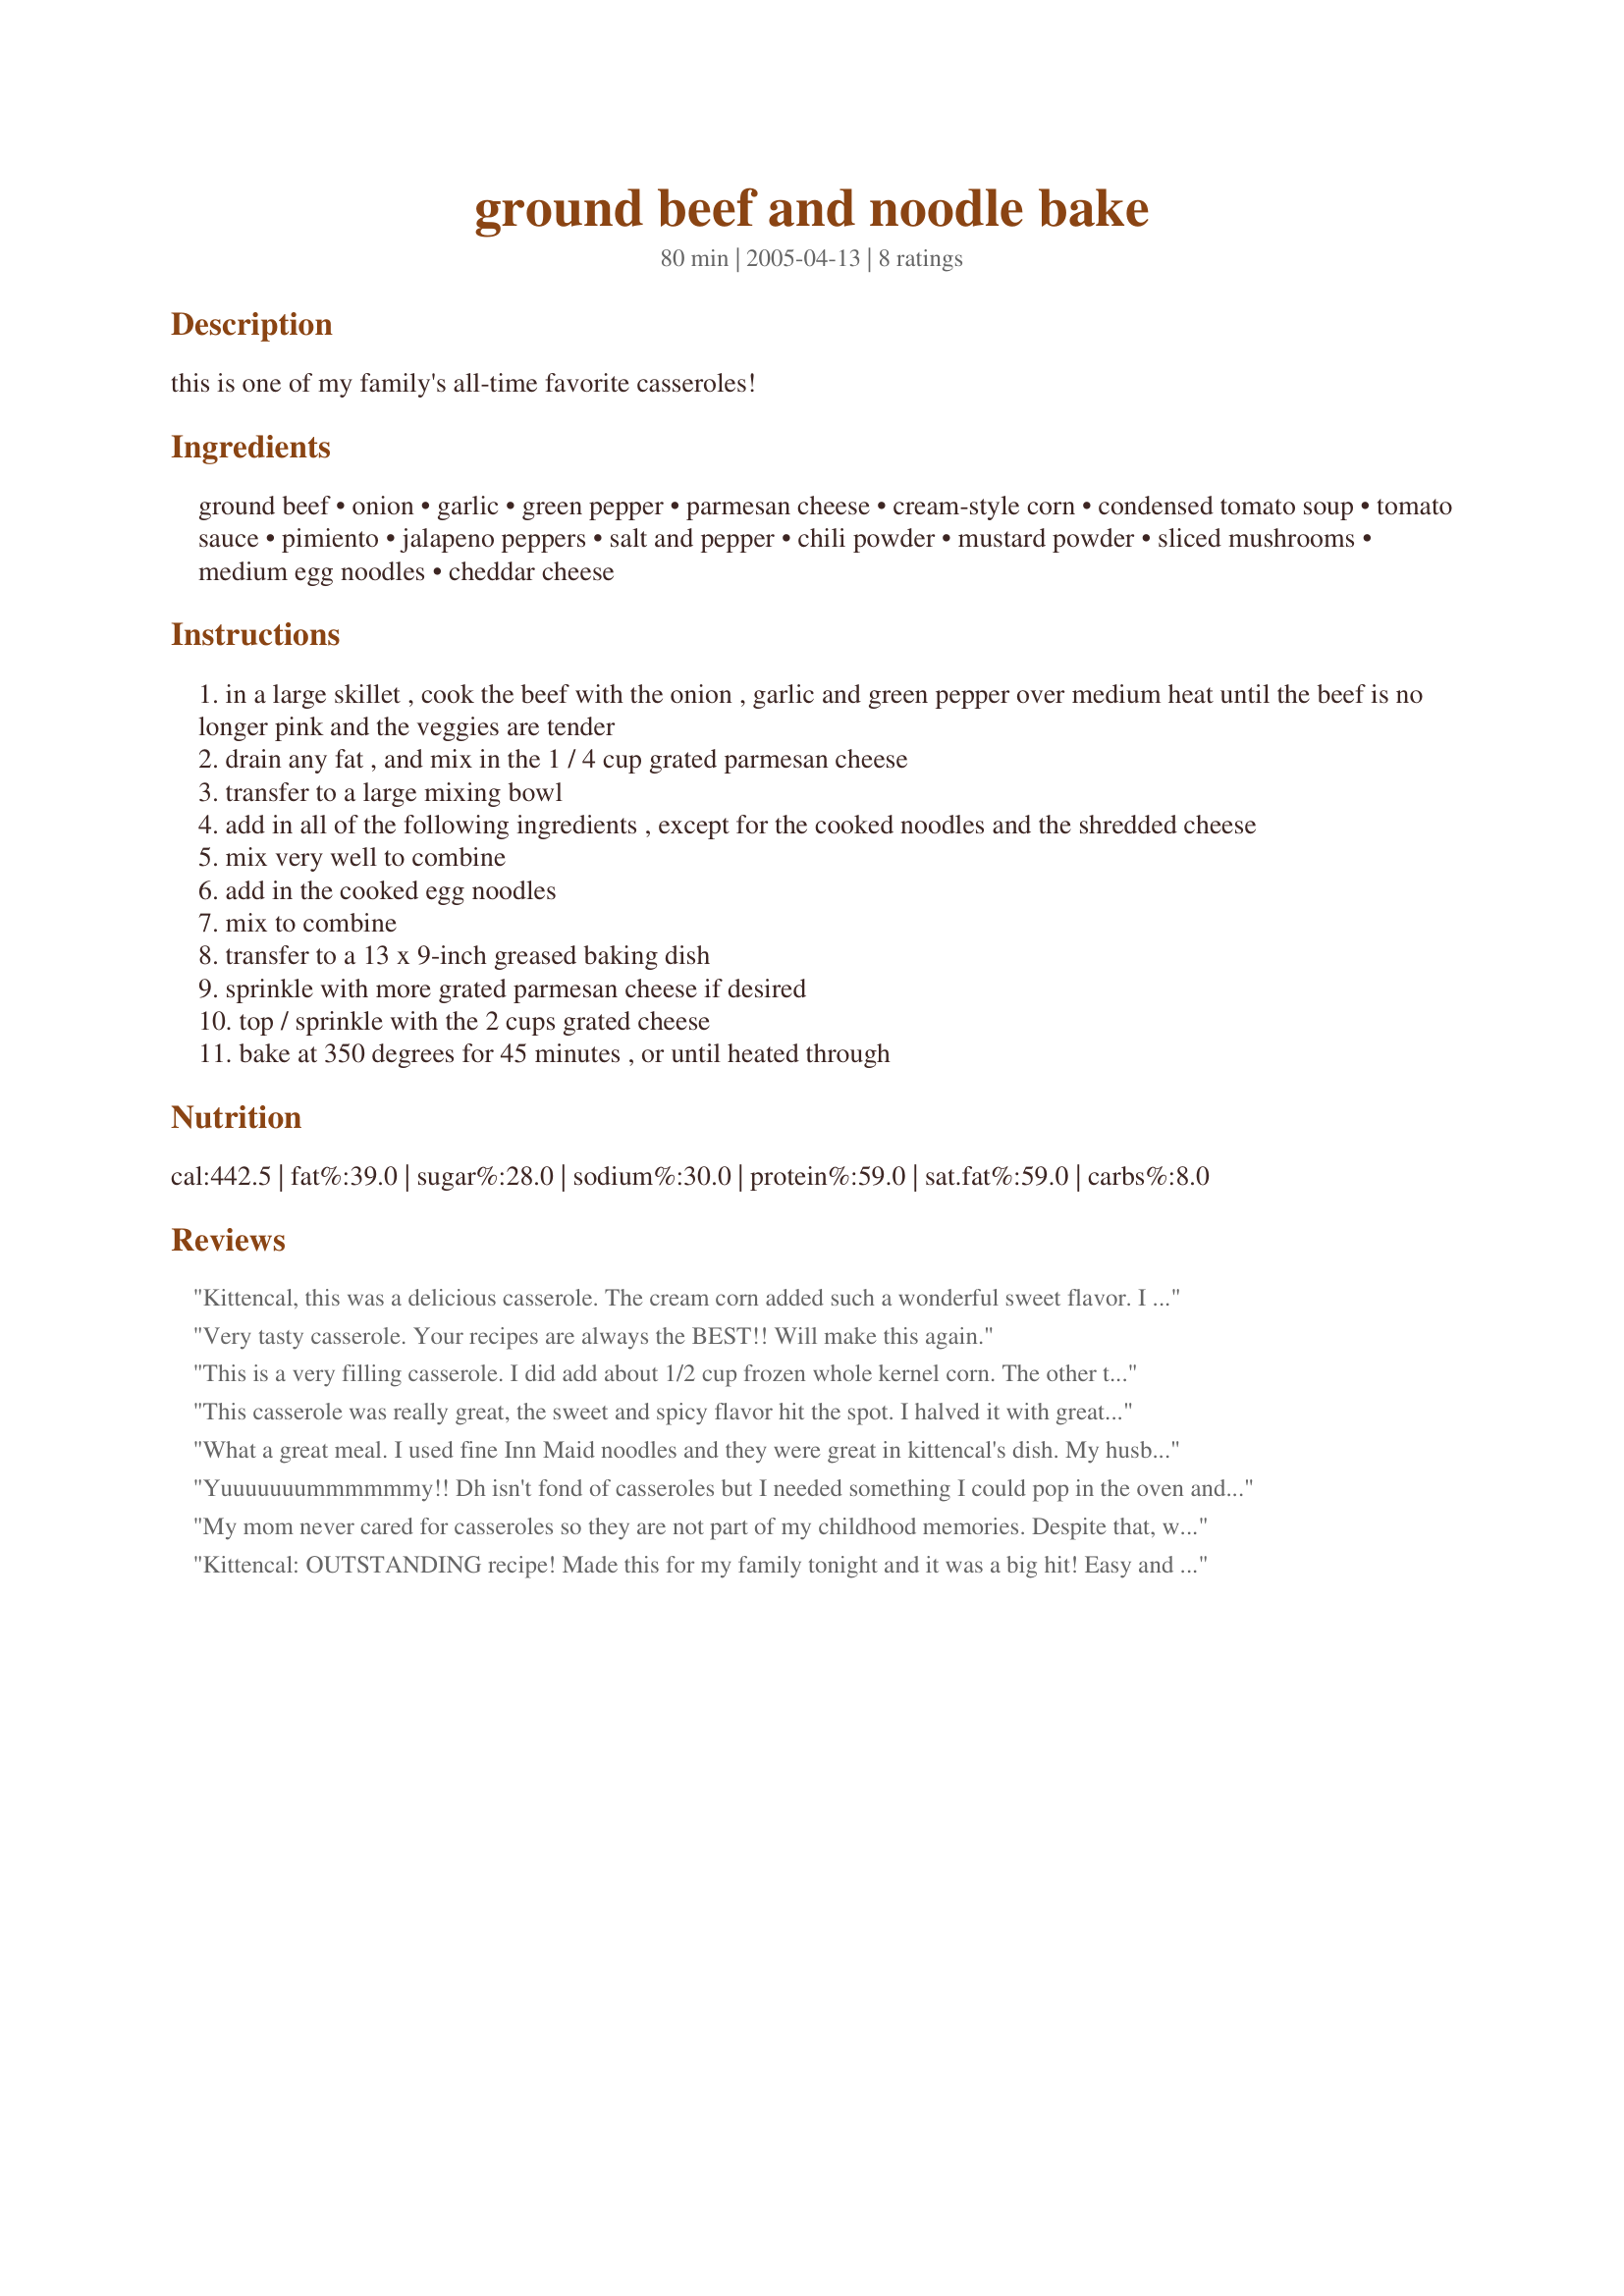
ground beef and noodle bake
Preparation time: 80 minutes

this is one of my family's all-time favorite casseroles!

Ingredients:
ground beef, onion, garlic, green pepper, parmesan cheese, cream-style corn, condensed tomato soup, tomato sauce, pimiento, jalapeno peppers, salt and pepper, chili powder, mustard powder, sliced mushrooms, medium egg noodles, cheddar cheese

Steps:
in a large skillet , cook the beef with the onion , garlic and green pepper over medium heat until the beef is no longer pink and the veggies are tender
drain any fat , and mix in the 1 / 4 cup grated parmesan cheese
transfer to a large mixing bowl
add in all of the following ingredients , except for the cooked noodles and the shredded cheese
mix very well to combine
add in the cooked egg noodles
mix to combine
transfer to a 13 x 9-inch greased baking dish
sprinkle with more grated parmesan cheese if desired
top / sprinkle with the 2 cups grated cheese
bake at 350 degrees for 45 minutes , or until heated through

Reviews:
Kittencal, this was a delicious casserole. The cream corn added such a wonderful sweet flavor. I was going to halve the recipe because there are only two of us, but in the middle of making the sauce I realized it wasn't halved. Oh well, I will have wonderful lunches to come. I will freeze the leftover in smaller containers. So the only thing I changed in the recipe was to leave out the jalapeno peppers, cause DD would of found it too hot spicy, and I used red peppers because that is what was in the fridge that needed to be used. I also used half mozzarella and half cheddar which was a nice blend. I did use the 8 oz of medium egg noodles and found it was perfect for the amount of sauce. We both really enjoyed this tremendously....another fantastic recipe, thank you Kittencal
Very tasty casserole. Your recipes are always the BEST!! Will make this again.
This is a very filling casserole. I did add about 1/2 cup frozen whole kernel corn. The other thing I did was cook the whole 12 ounce bag of noodles. I was glad I did as there is so much meat mixture that 4 more ounces of noodles helped even out things. I will make this again. Thank you for posting. Made for *1 2 3 Hit Wonders* game 2007
This casserole was really great, the sweet and spicy flavor hit the spot. I halved it with great success. Since I didn't want half a can of tomato soup and sauce laying around I just used the whole can of soup and omitted the sauce. Also left out the green peppers and pimentos as a personal preference but it was still yummy and easy to put together. I used some fresh mushrooms I had and could have added more since they shrink more than canned.
What a great meal. I used fine Inn Maid noodles and they were great in kittencal's dish. My husband loved this and so did I. No surprise, her recipes are always good. I'm going to try this one out on 3 grandchildren tonight. keep shaing Kittencal.
Yuuuuuuummmmmmy!! Dh isn't fond of casseroles but I needed something I could pop in the oven and go and decided this would be the pick of the day. Well, the family and especially DH LOVED it!! He'll be happy to have more......good thing he could recognize the creamed corn in it! hehe I made as is except used a spiral noodle and didn't put enought jalapeno in it - we couldn't taste it at all so next time will add more. It makes a panfull so making this for a group would be great. So glad I tried this one, now I have a one-dish meal that DH likes.
My mom never cared for casseroles so they are not part of my childhood memories. Despite that, when I crave comfort food, I often find myself looking for one. Tagged this knowing that I could make it fit my low fat diet and still have a great meal, and indeed it exceeded my expectations. I made three changes which are quite standard for my kitchen 1) replacing the ground beef with Morningstar Farms beef crumbles, 2) using whole wheat noodles and 3) using a reduced fat cheddar/mozzarella combination on top. Given the wonderful flavors of the sauce and other components dinner was superb. The sauce has a great contrast of sweet (the peppers, corn and soup) balanced out by the savory flavors from the garlic, jalapenos, mustard and chili powder. It was just delicious and yielded big, stick-to-your-ribs portions. My one other comment was that my casserole was bubbling hot in about 30 minutes so definitely watch for doneness. Thanks!
Kittencal: OUTSTANDING recipe! Made this for my family tonight and it was a big hit! Easy and economical! Thanks for sharing such a great recipe!
